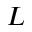
L